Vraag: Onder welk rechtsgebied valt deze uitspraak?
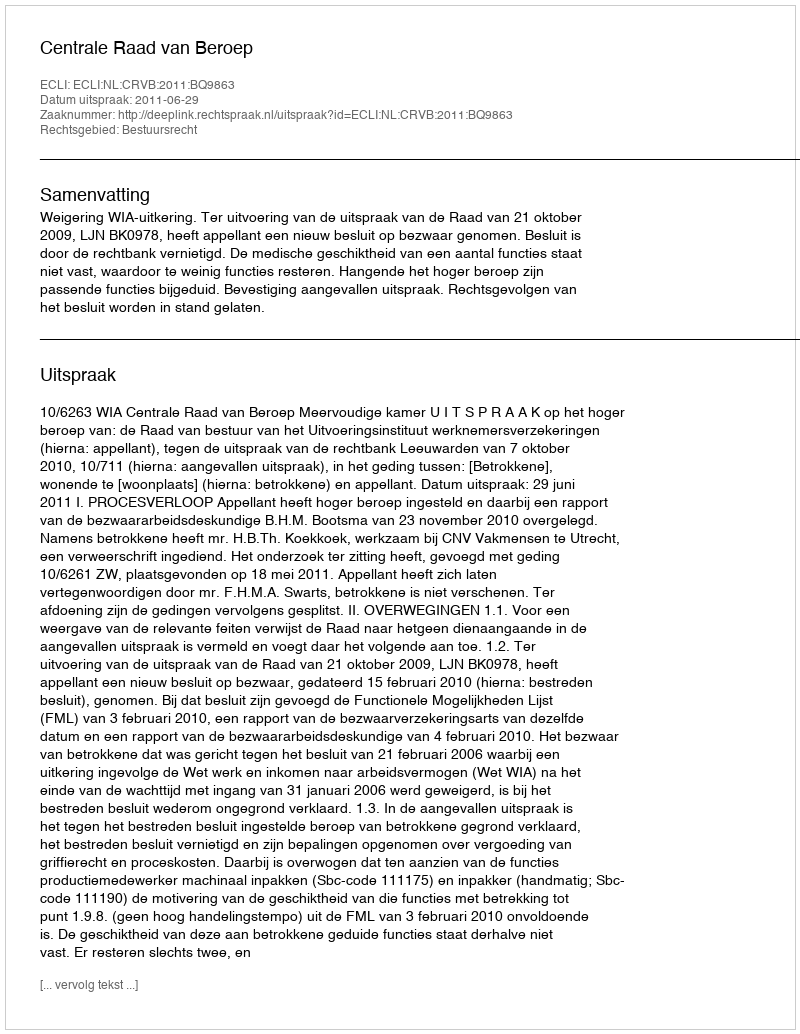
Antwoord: Bestuursrecht